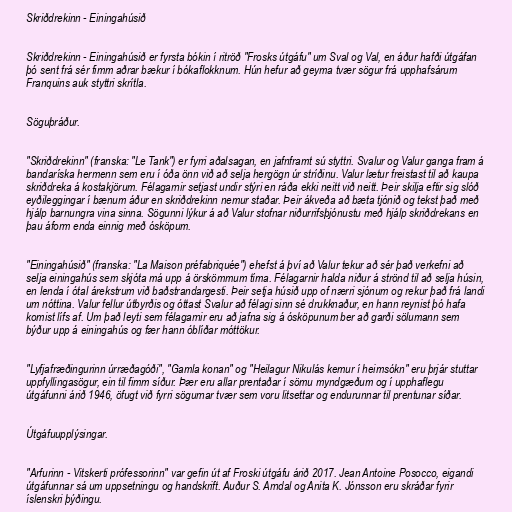
Skriðdrekinn - Einingahúsið

Skriðdrekinn - Einingahúsið er fyrsta bókin í ritröð "Frosks útgáfu" um Sval og Val, en áður hafði útgáfan
þó sent frá sér fimm aðrar bækur í bókaflokknum. Hún hefur að geyma tvær sögur frá upphafsárum
Franquins auk styttri skrítla.

Söguþráður.

"Skriðdrekinn" (franska: "Le Tank") er fyrri aðalsagan, en jafnframt sú styttri. Svalur og Valur ganga fram á
bandaríska hermenn sem eru í óða önn við að selja hergögn úr stríðinu. Valur lætur freistast til að kaupa
skriðdreka á kostakjörum. Félagarnir setjast undir stýri en ráða ekki neitt við neitt. Þeir skilja eftir sig slóð
eyðileggingar í bænum áður en skriðdrekinn nemur staðar. Þeir ákveða að bæta tjónið og tekst það með
hjálp barnungra vina sinna. Sögunni lýkur á að Valur stofnar niðurrifsþjónustu með hjálp skriðdrekans en
þau áform enda einnig með ósköpum.

"Einingahúsið" (franska: "La Maison préfabriquée") ehefst á því að Valur tekur að sér það verkefni að
selja einingahús sem skjóta má upp á örskömmum tíma. Félagarnir halda niður á strönd til að selja húsin,
en lenda í ótal árekstrum við baðstrandargesti. Þeir setja húsið upp of nærri sjónum og rekur það frá landi
um nóttina. Valur fellur útbyrðis og óttast Svalur að félagi sinn sé drukknaður, en hann reynist þó hafa
komist lífs af. Um það leyti sem félagarnir eru að jafna sig á ósköpunum ber að garði sölumann sem
býður upp á einingahús og fær hann óblíðar móttökur.

"Lyfjafræðingurinn úrræðagóði", "Gamla konan" og "Heilagur Nikulás kemur í heimsókn" eru þrjár stuttar
uppfyllingasögur, ein til fimm síður. Þær eru allar prentaðar í sömu myndgæðum og í upphaflegu
útgáfunni árið 1946, öfugt við fyrri sögurnar tvær sem voru litsettar og endurunnar til prentunar síðar.

Útgáfuupplýsingar.

"Arfurinn - Vitskerti prófessorinn" var gefin út af Froski útgáfu árið 2017. Jean Antoine Posocco, eigandi
útgáfunnar sá um uppsetningu og handskrift. Auður S. Arndal og Anita K. Jónsson eru skráðar fyrir
íslenskri þýðingu.